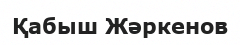
Қабыш Жәркенов